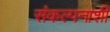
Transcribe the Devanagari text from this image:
संकल्पनाशी